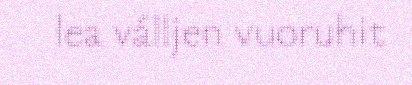
lea válljen vuoruhit